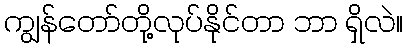
ကျွန်တော်တို့လုပ်နိုင်တာ ဘာ ရှိလဲ။